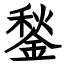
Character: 鍫